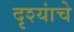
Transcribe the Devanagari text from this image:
दृश्यांचे